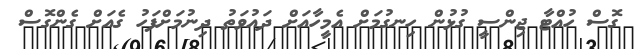
ގޮސް ހުއްޓާ ޖިންސީ ގުޅުން ހިނގުމަށް އެމީހާއަށް ދައުވަތު ދިނުމަށްފަހު ގެއަށް ގެންގޮސް